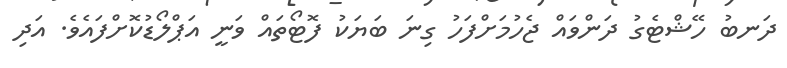
ދަނބު ހޭޝްޓެގު ދަންވައް ޖެހުމަށްފަހު ގިނަ ބަޔަކު ފޮޓޯތައް ވަނީ އަޕްލޯޑުކޮށްފައެވެ. އަދި